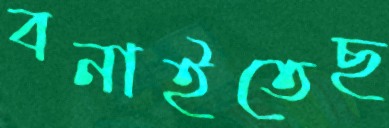
বনাইতেছ